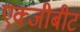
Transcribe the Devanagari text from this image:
एक्जीबीट